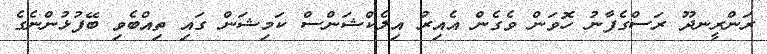
ރަންރީނދޫ ރަސްގެފާނު ހޮވަން ވެގެން އެއިރު އިލެކްޝަންސް ކަމިޝަން ގައި ތިއްބެވި ބޭފުޅުންނެގެ